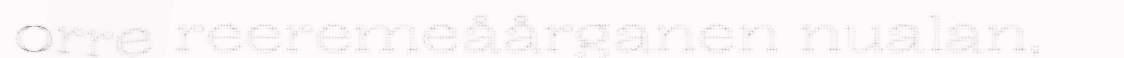
orre reeremeåårganen nualan,